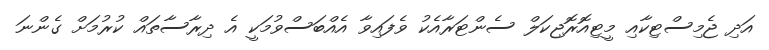
އަދި ޖެމިސްޓިކާއި މީޓިއޮރޮޖިކަލް ސެންޓަރާއެކު ވެފައިވާ އެއްބަސްވުމަކީ އެ ދިރާސާތައް ކުރުމަށް ގެންނަ